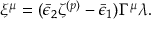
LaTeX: \xi ^ { \mu } = ( \bar { \epsilon } _ { 2 } \zeta ^ { ( p ) } - \bar { \epsilon } _ { 1 } ) \Gamma ^ { \mu } \lambda .